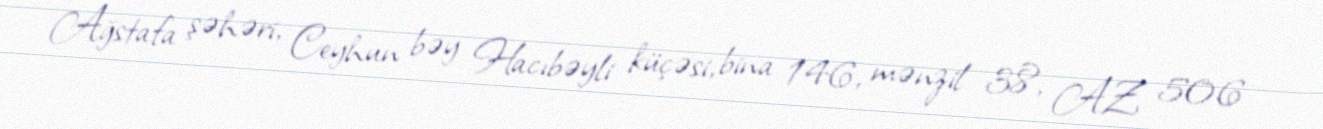
Ağstafa şəhəri, Ceyhun bəy Hacıbəyli küçəsi, bina 146, mənzil 38, AZ 506